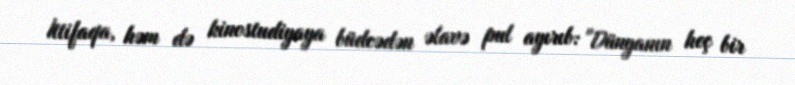
İttifaqa, həm də kinostudiyaya büdcədən əlavə pul ayırıb: "Dünyanın heç bir